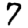
Digit: 7